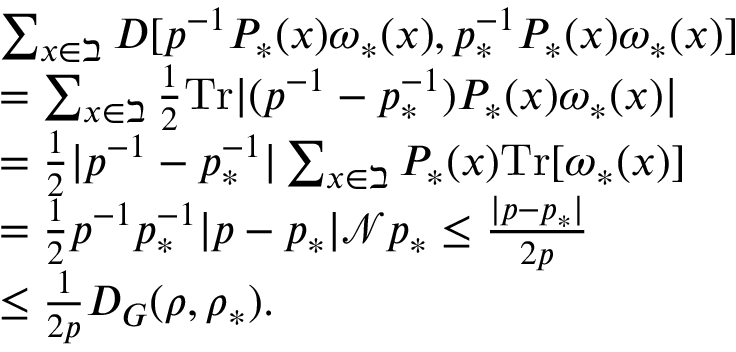
\begin{array} { r l } & { \sum _ { x \in \beth } D [ p ^ { - 1 } P _ { \ast } ( x ) \omega _ { \ast } ( x ) , p _ { \ast } ^ { - 1 } P _ { \ast } ( x ) \omega _ { \ast } ( x ) ] } \\ & { = \sum _ { x \in \beth } \frac { 1 } { 2 } \mathrm { T r } | ( p ^ { - 1 } - p _ { \ast } ^ { - 1 } ) P _ { \ast } ( x ) \omega _ { \ast } ( x ) | } \\ & { = \frac { 1 } { 2 } | p ^ { - 1 } - p _ { \ast } ^ { - 1 } | \sum _ { x \in \beth } P _ { \ast } ( x ) \mathrm { T r } [ \omega _ { \ast } ( x ) ] } \\ & { = \frac { 1 } { 2 } p ^ { - 1 } p _ { \ast } ^ { - 1 } | p - p _ { \ast } | \mathcal { N } p _ { \ast } \leq \frac { | p - p _ { \ast } | } { 2 p } } \\ & { \leq \frac { 1 } { 2 p } D _ { G } ( \rho , \rho _ { \ast } ) . } \end{array}